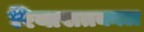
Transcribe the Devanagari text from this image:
रियासतकाल